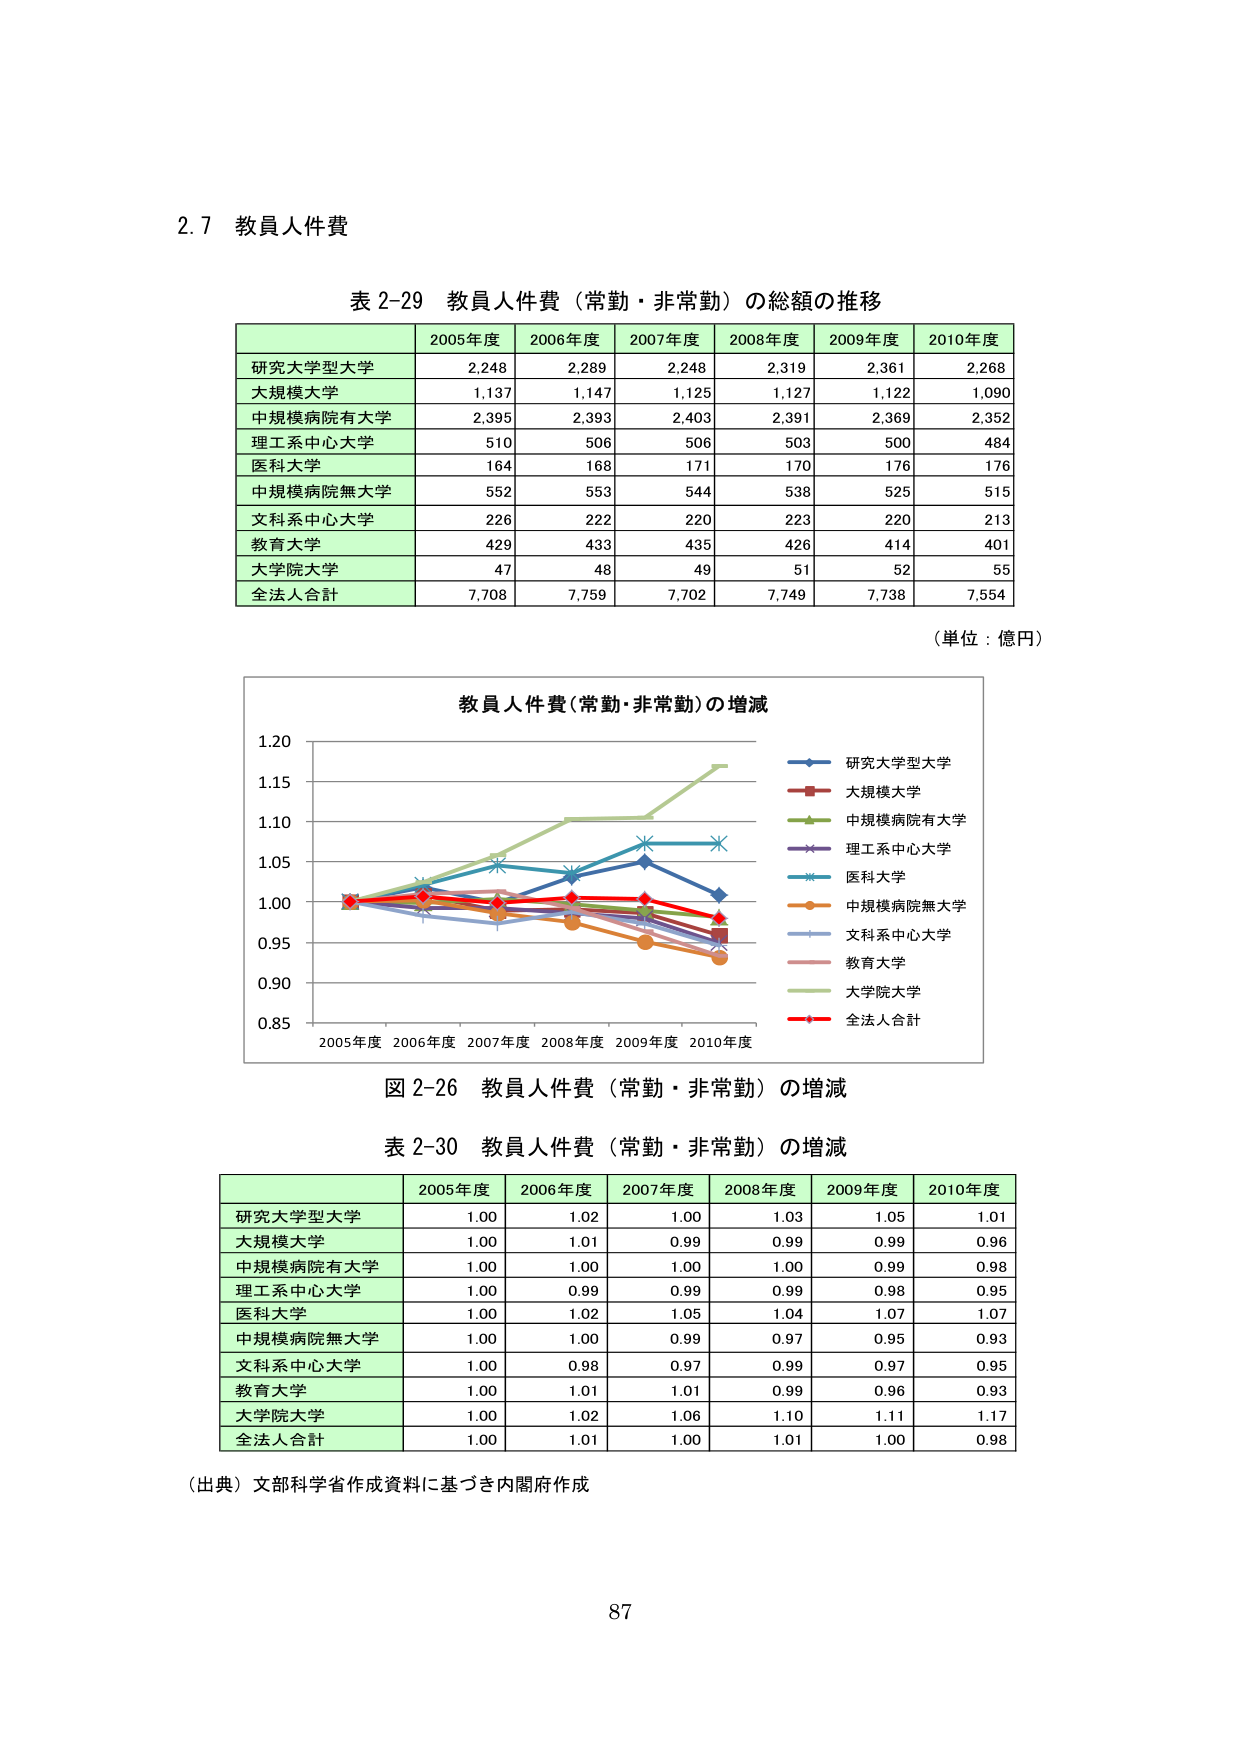
2.7 教員人件費

表 2-29 教員人件費（常勤・非常勤）の総額の推移

2005年度 2006年度 2007年度 2008年度 2009年度 2010年度
研究大学型大学 2,248 2,289 2,248 2,319 2,361 2,268
大規模大学 1,137 1,147 1,125 1,127 1,122 1,090
中規模病院有大学 2,395 2,393 2,403 2,391 2,369 2,352
理工系中心大学 510 506 506 503 500 484
医科大学 164 168 171 170 176 176
中規模病院無大学 552 553 544 538 525 515
文科系中心大学 226 222 220 223 220 213
教育大学 429 433 435 426 414 401
大学院大学 47 48 49 51 52 55
全法人合計 7,708 7,759 7,702 7,749 7,738 7,554

（単位：億円）

教員人件費（常勤・非常勤）の増減

研究大学型大学
大規模大学
中規模病院有大学
理工系中心大学
医科大学
中規模病院無大学
文科系中心大学
教育大学
大学院大学
全法人合計

2005年度 2006年度 2007年度 2008年度 2009年度 2010年度

図 2-26 教員人件費（常勤・非常勤）の増減

表 2-30 教員人件費（常勤・非常勤）の増減

2005年度 2006年度 2007年度 2008年度 2009年度 2010年度
研究大学型大学 1.00 1.02 1.00 1.03 1.05 1.01
大規模大学 1.00 1.01 0.99 0.99 0.99 0.96
中規模病院有大学 1.00 1.00 1.00 1.00 0.99 0.98
理工系中心大学 1.00 0.99 0.99 0.99 0.98 0.95
医科大学 1.00 1.02 1.05 1.04 1.07 1.07
中規模病院無大学 1.00 1.00 0.99 0.97 0.95 0.93
文科系中心大学 1.00 0.98 0.97 0.99 0.97 0.95
教育大学 1.00 1.01 1.01 0.99 0.96 0.93
大学院大学 1.00 1.02 1.06 1.10 1.11 1.17
全法人合計 1.00 1.01 1.00 1.01 1.00 0.98

（出典）文部科学省作成資料に基づき内閣府作成

87